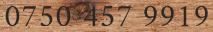
0750 457 9919